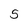
Character: 5